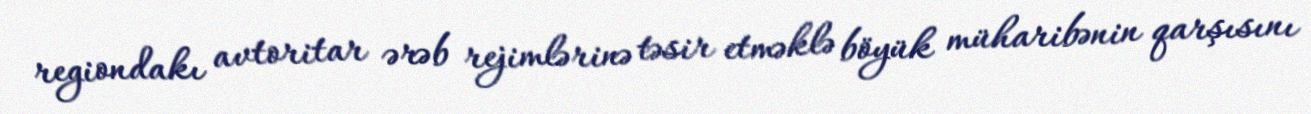
regiondakı avtoritar ərəb rejimlərinə təsir etməklə böyük müharibənin qarşısını